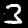
Digit: 3